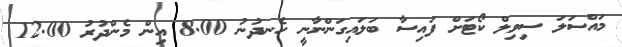
މައްސަލަ ސިވިލް ކޯޓަށް ފައިސާ ބަލައިގަންނާނީ ހެނދުނު 8.00 އިން މެންދުރު 12.00